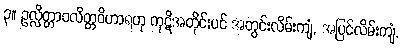
၃။ ဥလ္လိတ္တာဝလိတ္တဝိဟာရဟု ကုဋိအတိုင်းပင် အတွင်းလိမ်းကျံ, အပြင်လိမ်းကျံ,